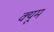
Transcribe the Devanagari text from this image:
क्यूम